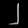
Digit: ၂